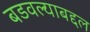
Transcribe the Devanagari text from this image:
बडवल्याबद्दल